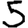
Digit: 5